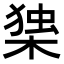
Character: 𭫅